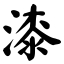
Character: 漆